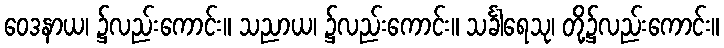
ဝေဒနာယ၊ ၌လည်းကောင်း။ သညာယ၊ ၌လည်းကောင်း။ သင်္ခါရေသု၊ တို့၌လည်းကောင်း။